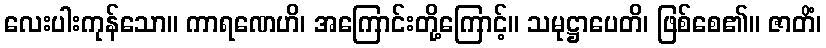
လေးပါးကုန်သော။ ကာရဏေဟိ၊ အကြောင်းတို့ကြောင့်။ သမုဋ္ဌာပေတိ၊ ဖြစ်စေ၏။ ဇာတိံ၊